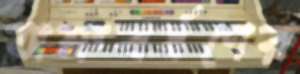
অশ্রুবর্ষণের